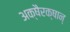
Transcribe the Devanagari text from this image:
अक्षैरक्षान्